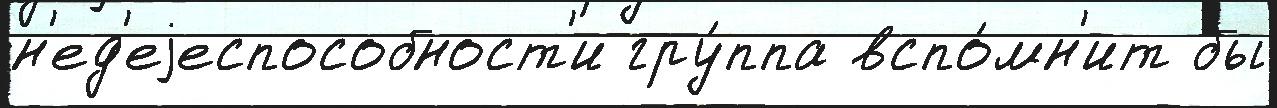
н'ед'еjеспособност'и гру́ппа вспо́мн'ит бы